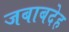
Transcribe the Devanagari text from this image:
जबाबदेह